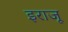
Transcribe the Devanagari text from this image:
इराजू